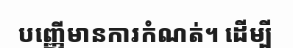
បញ្ញើមានការកំណត់។ ដើម្បី